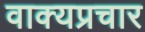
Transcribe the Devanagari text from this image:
वाक्यप्रचार